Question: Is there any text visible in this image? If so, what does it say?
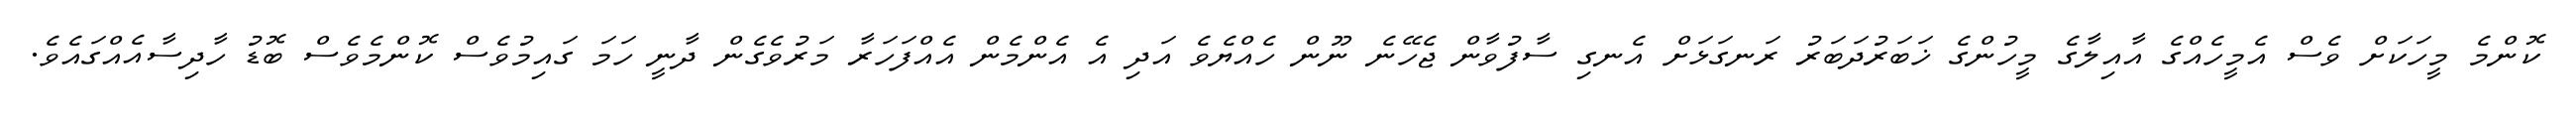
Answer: ކޮންމެ މީހަކަށް ވެސް އެމީހެއްގެ އާއިލާގެ މީހުންގެ ޚަބަރުދަބަރު ރަނގަޅަށް އެނގި ސާފުވާން ޖެހޭނެ ނޫން ހެއްޔެވެ އަދި އެ އެންމެން އެއްފަހަރާ މަރުވެގެން ދާނީ ހަމަ ގައިމުވެސް ކޮންމެވެސް ބޮޑު ހާދިސާއެއްގައެވެ.